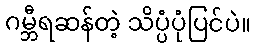
ဂမ္ဘီရဆန်တဲ့ သိပ္ပံပုံပြင်ပဲ။